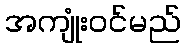
အကျုံးဝင်မည်